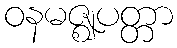
ဝနမဇ္ဈပတ္တာ